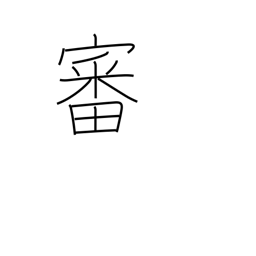
Meaning: trial